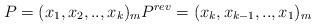
LaTeX: \begin{align*}P=(x_{1},x_{2},..,x_{k})_{m}P^{rev}=(x_{k},x_{k-1},..,x_{1})_{m}\end{align*}